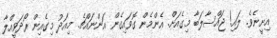
އިށީނެވެ. ލައި! ޖައްސާލަބާ މިގެއަށް. އެންމެން ގޮވައިގެން އަންނައްޗެ. މިއަދު މިގެއިން ރޯދަވީއްލާ